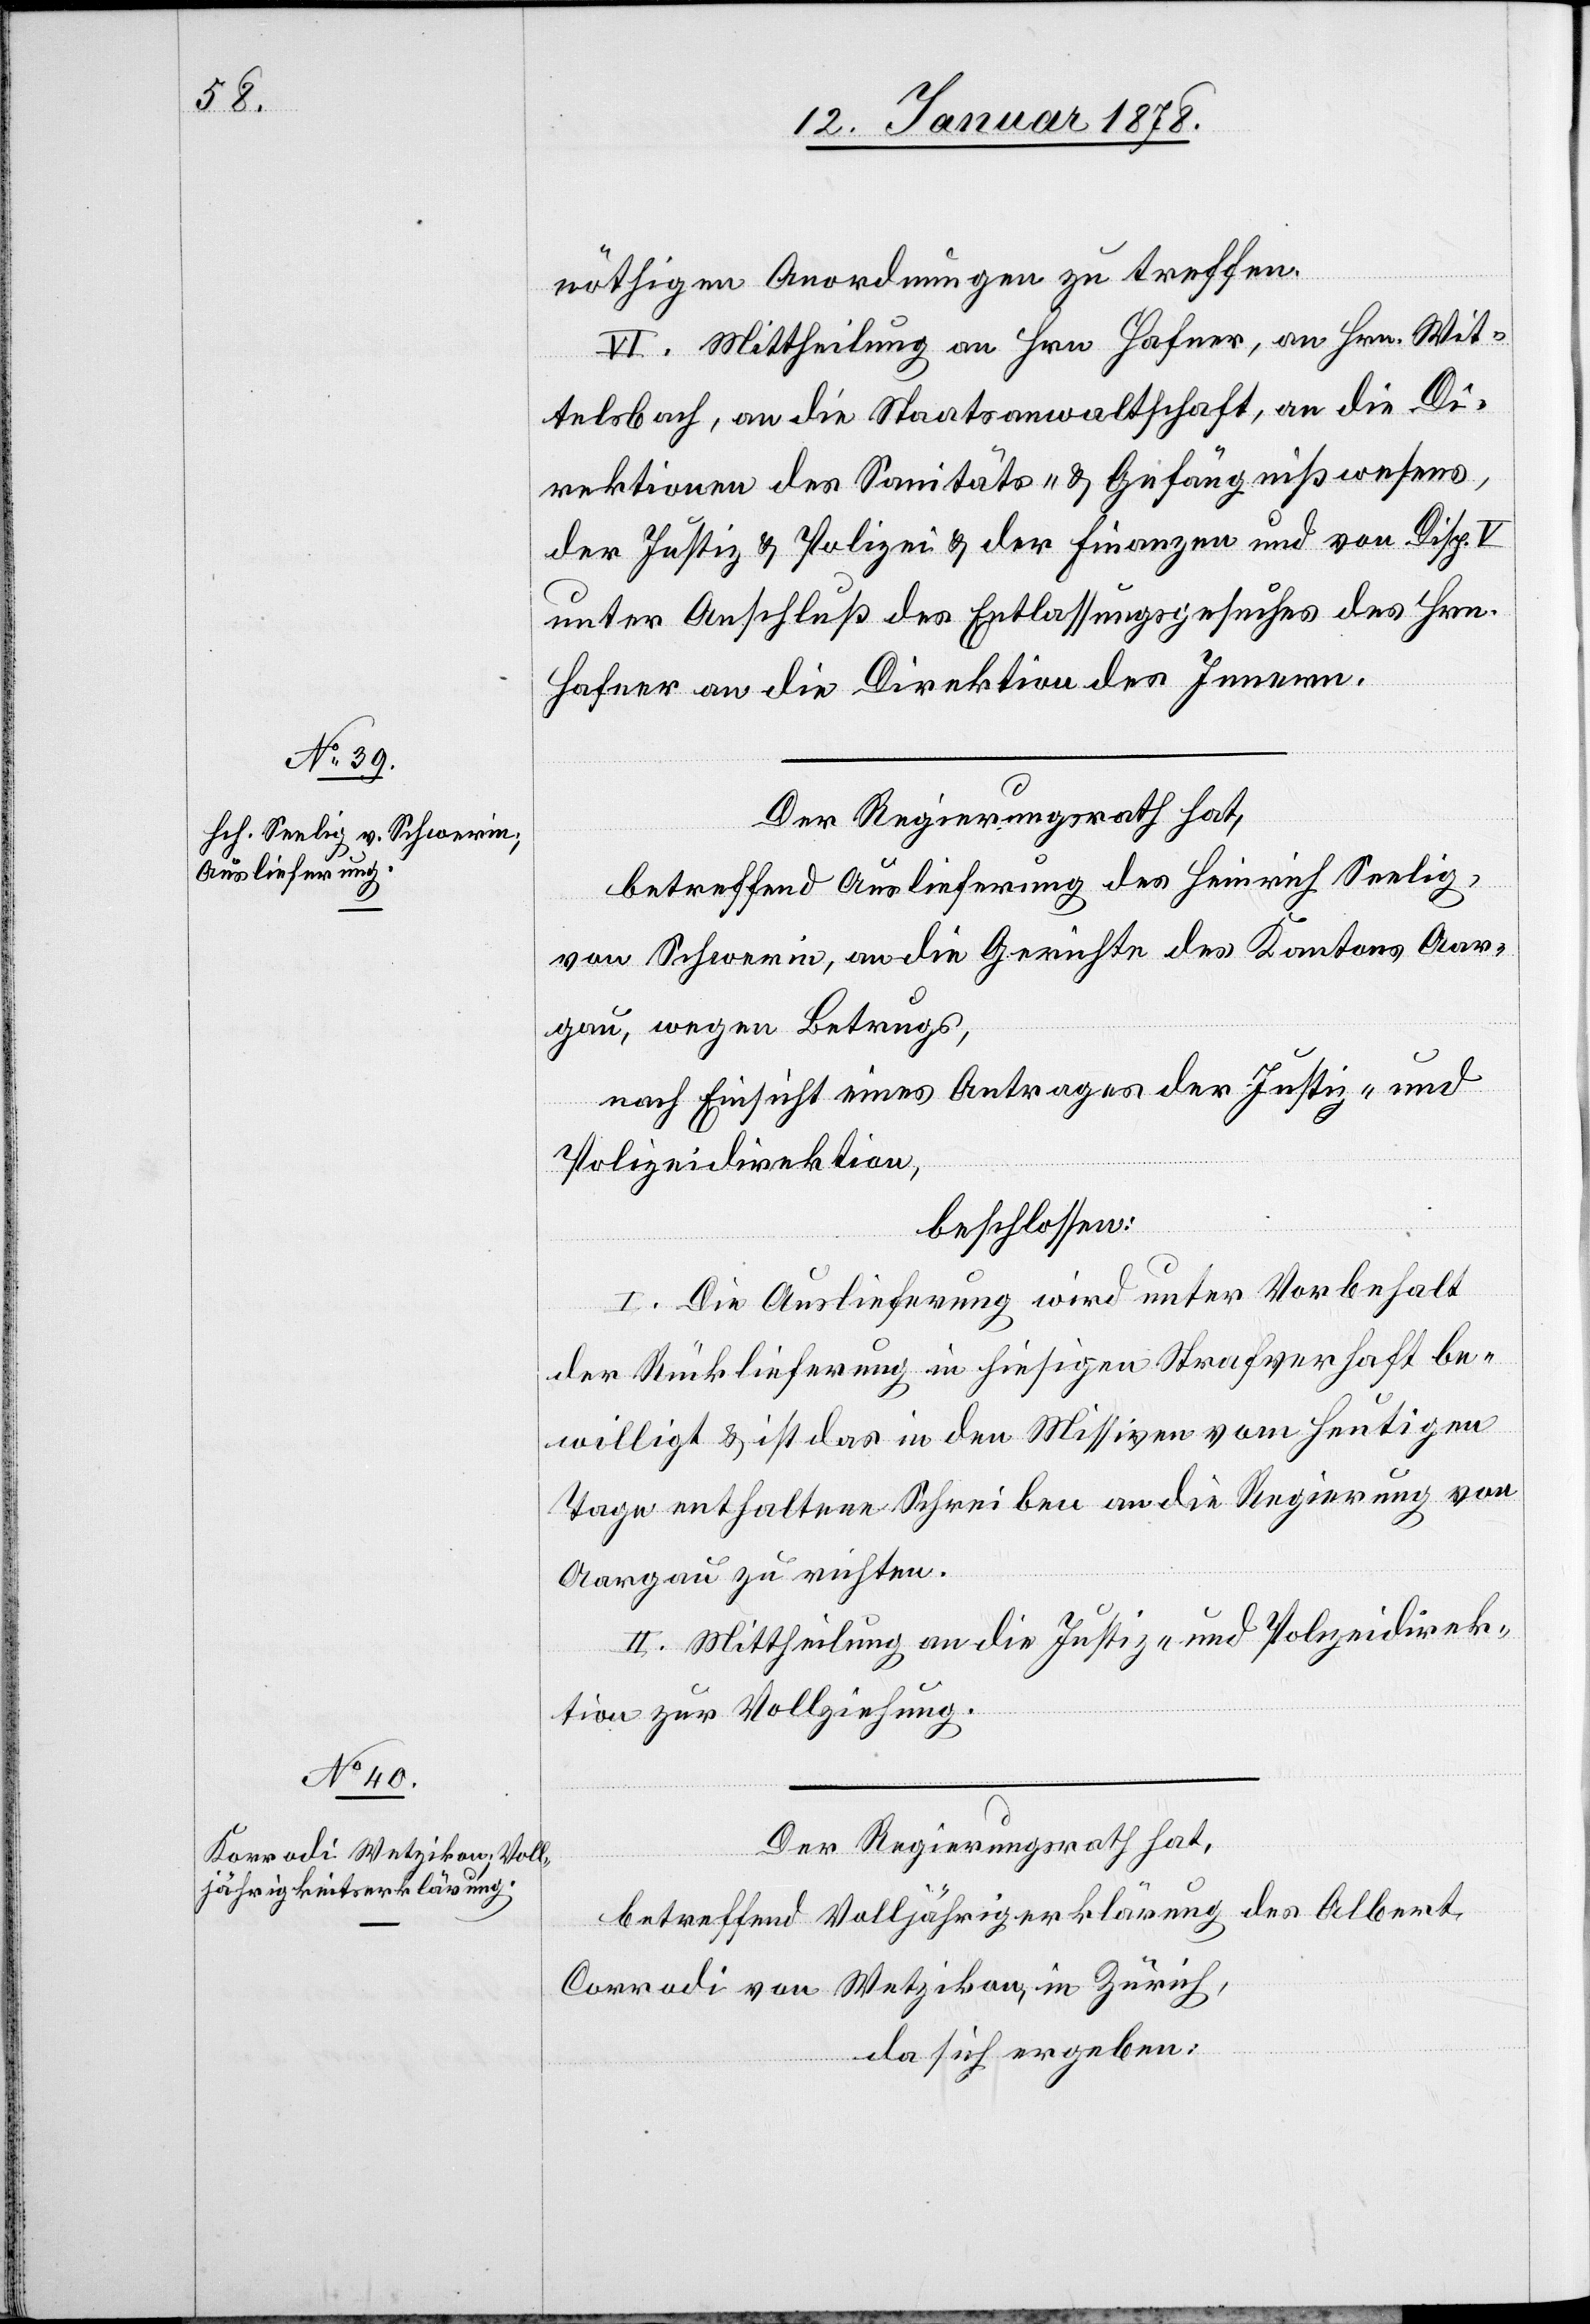
nöthigen Anordnungen zu treffen.
VI. Mittheilung an Hrn. Hafner, an Hrn. Wit¬
telsbach, an die Staatsanwaltschaft, an die Di¬
rektionen des Sanitäts- & Gefängnißwesens,
der Justiz & Polizei & der Finanzen und von Disp.
unter Anschluß des Entlassungsgesuches des Hrn.
Hafner an die Direktion des Innern.
Der Regierungsrath hat,
betreffend Auslieferung des Heinrich Seelig,
von Schwerin, an die Gerichte des Kantons Aar¬
gau, wegen Betrugs,
nach Einsicht eines Antrages der Justiz- und
Polizeidirektion,
beschlossen:
I. Die Auslieferung wird unter Vorbehalt
der Rücklieferung in hiesigen Strafverhaft be¬
willigt & ist das in den Missiven vom heutigen
Tage enthaltene Schreiben an die Regierung von
Aargau zu richten.
II. Mittheilung an die Justiz- und Polizeidirek¬
tion zur Vollziehung.
Der Regierungsrath hat,
betreffend Volljährigkeitserklärung des Albert
Corradi [sic!] von Wetzikon, in Zürich,
da sich ergeben: